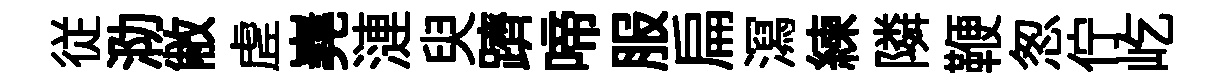
従泐敝虗嶤漣臾躋啼服扁㵼練隣鞭怱佇屹